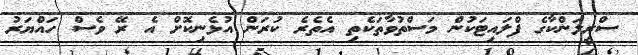
ސްރީލަންކާގެ ފްލައިޓަކުން މަސްތުވާތަކެތި އެތެރެ ކުރަން އުޅެނިކޮށް އެ ރޭ ވެސް ހައްޔަރު